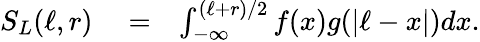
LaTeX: \begin{array}{rlr}{S_{L}(\ell,r)}&{{}=}&{\int_{-\infty}^{(\ell+r)/2}f(x)g(|\ell-x|)dx.}\end{array}